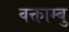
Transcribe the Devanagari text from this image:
वक्ताम्बु